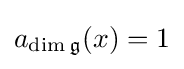
a_{\dim {\mathfrak {g}}}(x)=1